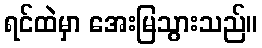
ရင်ထဲမှာ အေးမြသွားသည်။